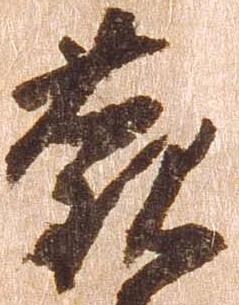
観